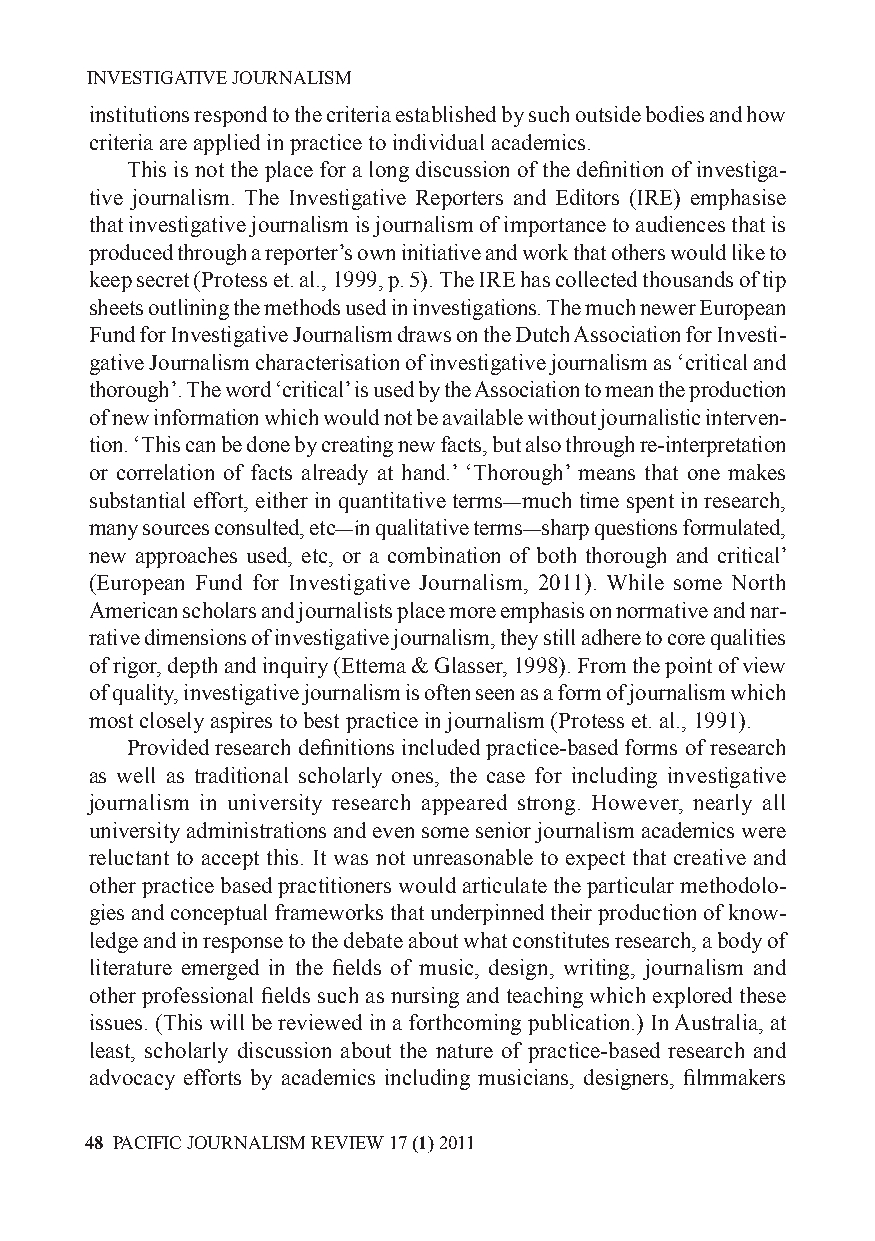
INVESTIGATIVE JOURNALISM
 institutions respond to the criteria established by such outside bodies and how
 criteria are applied in practice to individual academics.
 This is not the place for a long discussion of the definition of investiga-
 tive journalism. The Investigative Reporters and Editors (IRE) emphasise
 that investigative journalism is journalism of importance to audiences that is
 produced through a reporter’s own initiative and work that others would like to
 keep secret (Protess et. al., 1999, p. 5). The IRE has collected thousands of tip
 sheets outlining the methods used in investigations. The much newer European
 Fund for Investigative Journalism draws on the Dutch Association for Investi-
 gative Journalism characterisation of investigative journalism as ‘critical and
 thorough’. The word ‘critical’ is used by the Association to mean the production
 of new information which would not be available without journalistic interven-
 tion. ‘This can be done by creating new facts, but also through re-interpretation
 or correlation of facts already at hand.’ ‘Thorough’ means that one makes
 substantial effort, either in quantitative terms—much time spent in research,
 many sources consulted, etc—in qualitative terms—sharp questions formulated,
 new approaches used, etc, or a combination of both thorough and critical’
 (European Fund for Investigative Journalism, 2011). While some North
 American scholars and journalists place more emphasis on normative and nar-
 rative dimensions of investigative journalism, they still adhere to core qualities
 of rigor, depth and inquiry (Ettema & Glasser, 1998). From the point of view
 of quality, investigative journalism is often seen as a form of journalism which
 most closely aspires to best practice in journalism (Protess et. al., 1991).
 Provided research definitions included practice-based forms of research
 as well as traditional scholarly ones, the case for including investigative
 journalism in university research appeared strong. However, nearly all
 university administrations and even some senior journalism academics were
 reluctant to accept this. It was not unreasonable to expect that creative and
 other practice based practitioners would articulate the particular methodolo-
 gies and conceptual frameworks that underpinned their production of know-
 ledge and in response to the debate about what constitutes research, a body of
 literature emerged in the fields of music, design, writing, journalism and
 other professional fields such as nursing and teaching which explored these
 issues. (This will be reviewed in a forthcoming publication.) In Australia, at
 least, scholarly discussion about the nature of practice-based research and
 advocacy efforts by academics including musicians, designers, filmmakers
 48 PACIFIC JOURNALISM REVIEW 17 (1) 2011